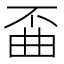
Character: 𫠲